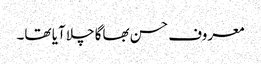
معروف حسن بھاگا چلا آیا تھا۔